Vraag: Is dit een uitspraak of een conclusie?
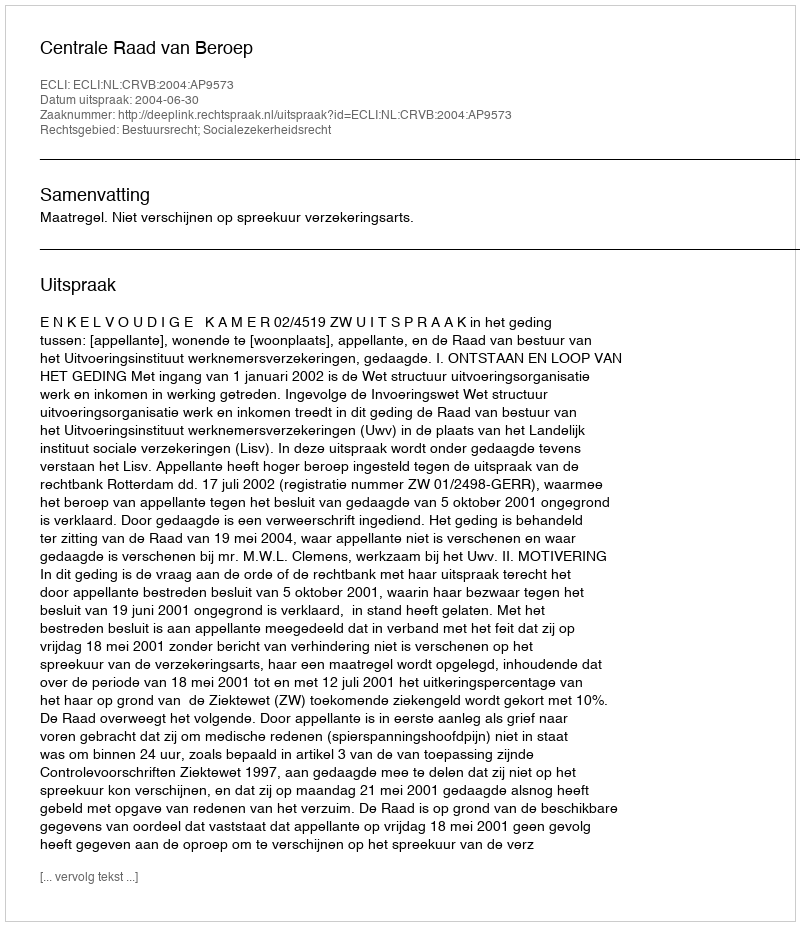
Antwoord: Uitspraak